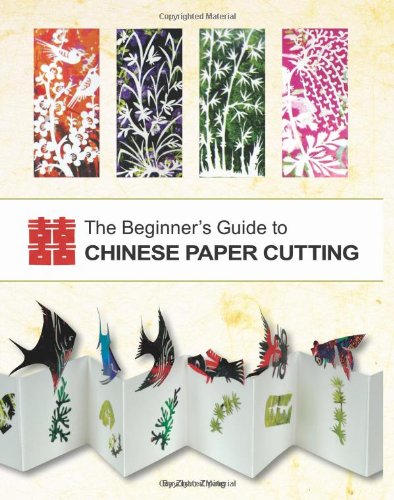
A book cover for The Beginner's Guide to Chinese Paper Cutting; Zhao Ziping; Crafts, Hobbies & Home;